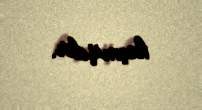
keçmişdir.